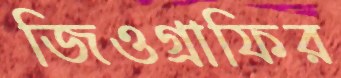
জিওগ্রাফির